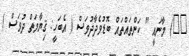
٤٣) މާނައީ " ކަންތައްތައް ބޮޑުވެދާދުވަސް ( އެބަހީ: ޤިޔާމަތް ދުވަސް )